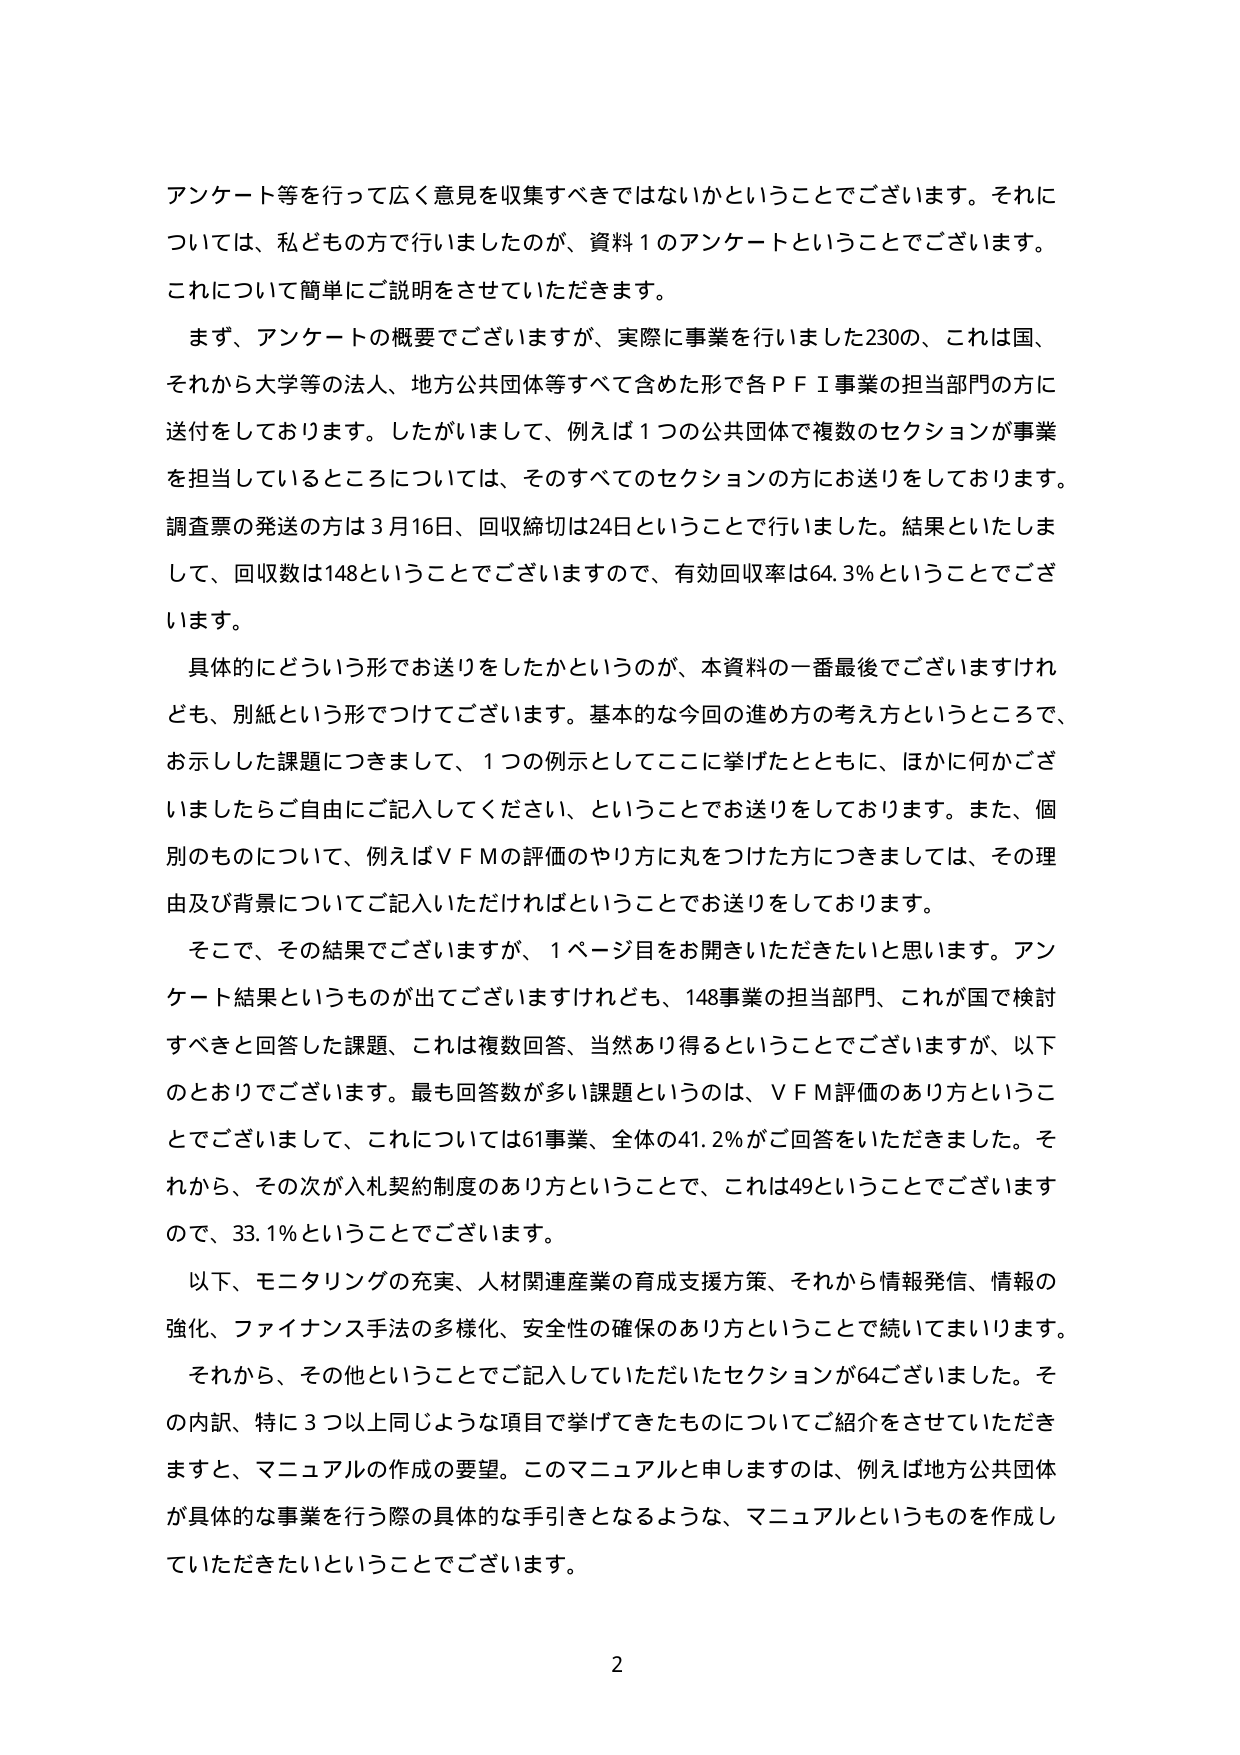
アンケート等を行って広く意見を収集すべきではないかということでございます。それについては、私どもの方で行いましたのが、資料１のアンケートということでございます。これについて簡単にご説明をさせていただきます。

まず、アンケートの概要でございますが、実際に事業を行いました230の、これは国、それから大学等の法人、地方公共団体等すべて含めた形で各ＰＦＩ事業の担当部門の方に送付をしております。したがいまして、例えば１つの公共団体で複数のセクションが事業を担当しているところについては、そのすべてのセクションの方にお送りをしております。調査票の発送の方は３月16日、回収締切は24日ということで行いました。結果といたしまして、回収数は148ということでございますので、有効回収率は64.3％ということでございます。

具体的にどういう形でお送りをしたかというのが、本資料の一番最後でございますけれども、別紙という形でつけてございます。基本的な今回の進め方の考え方ということで、お示しした課題につきまして、１つの例示としてここに挙げたとともに、ほかに何かございましたらご自由にご記入してください、ということでお送りをしております。また、個別のも のについて、例えばＶＦＭの評価のやり方に丸をつけた方につきましては、その理由及び背景についてご記入いただければということでお送りをしております。

そこで、その結果でございますが、１ページ目をお開きいただきたいと思います。アンケート結果というものが出てございますけれども、148事業の担当部門、これが国で検討すべきと回答した課題、これは複数回答、当然あり得るということでございますが、以下のとおりでございます。最も回答数が多い課題というのは、ＶＦＭ評価のあり方ということでございまして、これについては61事業、全体の41.2％がご回答をいただきました。それから、その次が入札契約制度のあり方ということで、これは49ということでございますので、33.1％ということでございます。

以下、モニタリングの充実、人材関連産業の育成支援方策、それから情報発信、情報の強化、ファイナンス手法の多様化、安全性の確保のあり方ということで続いてまいります。

それから、その他ということでご記入していただいたセクションが64ございました。その内訳、特に３つ以上同じような項目で挙げてきたものについてご紹介をさせていただきますと、マニュアルの作成の要望。このマニュアルと申しますのは、例えば地方公共団体が具体的な事業を行う際の具体的な手引きとなるような、マニュアルというものを作成していただきたいということでございます。

2